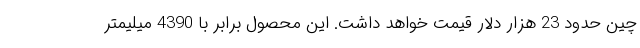
چین حدود 23 هزار دلار قیمت خواهد داشت. این محصول برابر با 4390 میلیمتر